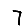
Digit: 7